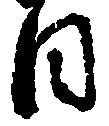
日